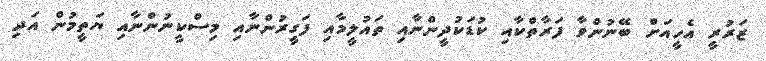
ޒަރުރީ އެހީއަށް ބޭނުންވާ ފަރާތްކާއި ކުޑަކުދީންނާއި ތައުލީމާއި ފަގީރުންނާއި މިސްކީނުންނާއި ޔަތީމުން އަދި